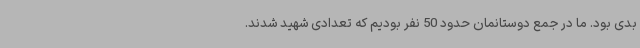
بدی بود. ما در جمع دوستانمان حدود 50 نفر بودیم که تعدادی شهید شدند.